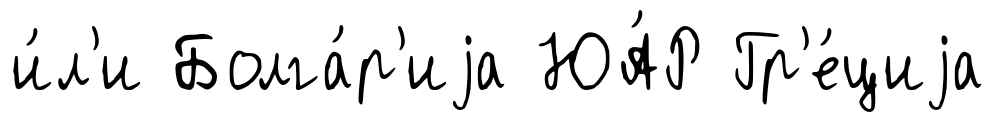
и́л'и Болга́р'иjа ЮА́Р Гр'е́циjа